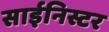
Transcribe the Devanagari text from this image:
साईनिस्टर